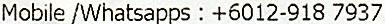
MOBILE /WHATSAPPS : +6012-918 7937